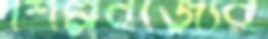
শিল্পবর্জ্যের